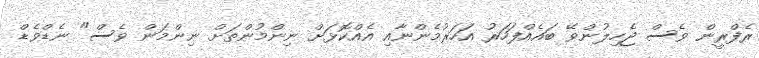
ރެފްރީން ވެސް ޖެހިލުންވޭ ބައެއްފަހަރު އަހަރުމެންނާއި އެއްކޮޅަށް ނިންމުންތަށް ނިންމަން ވެސް" ނެޑްވެޑް